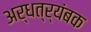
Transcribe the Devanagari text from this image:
अर्धत्र्यंबक